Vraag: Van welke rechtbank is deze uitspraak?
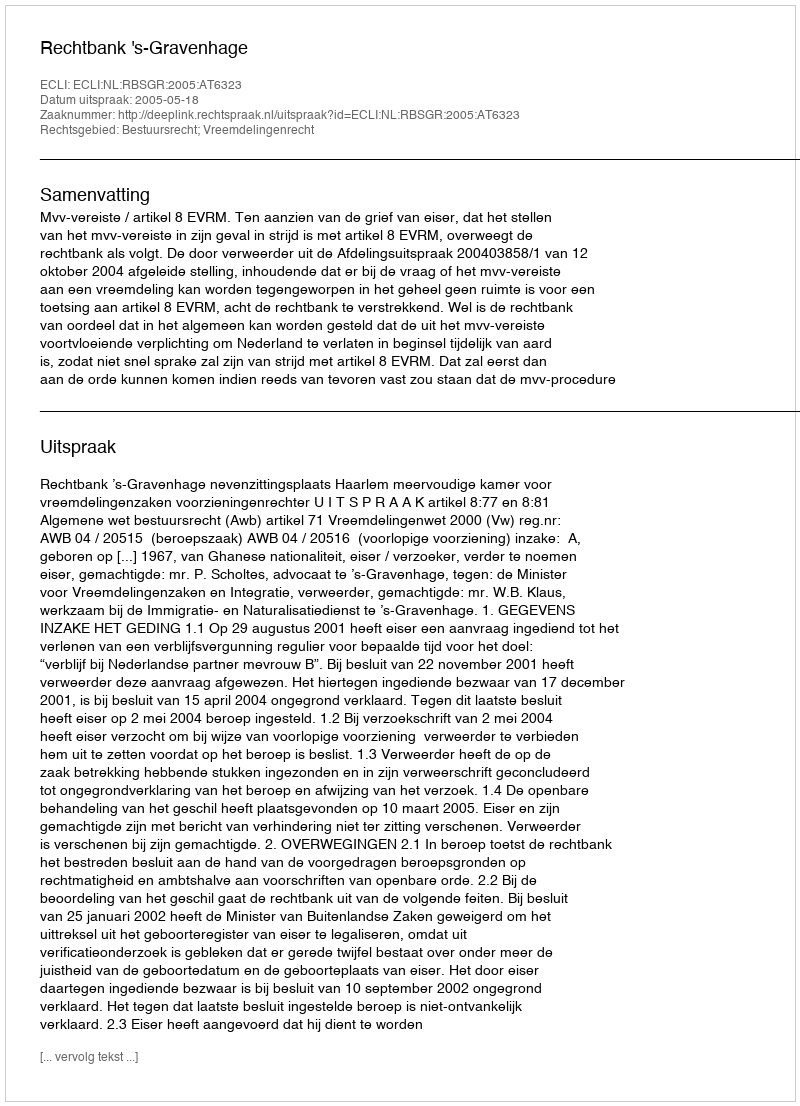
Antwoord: Rechtbank 's-Gravenhage